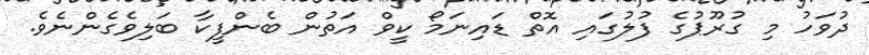
ދުވަހު މި ގުރޫޕުގެ ފުލުގައި އޮތް ޑައިނަމޯ ކީވް އަތުން ބެންފީކާ ބަލިވެގެންނެވެ.